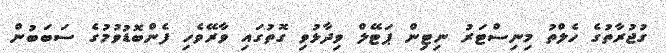
ގުޖުރާތުގެ ހެލްތު މިނިސްޓަރު ނިޓިން ޕަޓޭލް ވިދާޅުވި ގޮތުގައި ވާރޭވެހި ފެންބޮޑުވުމުގެ ސަބަބުން